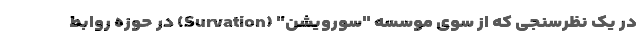
در یک نظرسنجی که از سوی موسسه "سورویشن" (Survation) در حوزه روابط